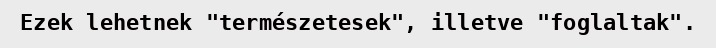
Ezek lehetnek "természetesek", illetve "foglaltak".